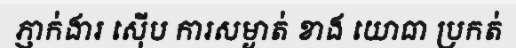
ភ្ញាក់ងារ ស៊ើប ការសម្ងាត់ ខាង យោធា ប្រកត់